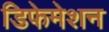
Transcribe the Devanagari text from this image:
डिफेमेशन